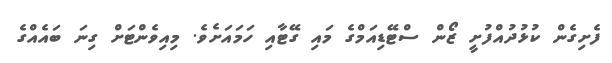
ފެށިގެން ކުޅުދުއްފުށީ ޒޯން ސްޓޭޑިއަމްގެ މައި ގޭޓާއި ހަމައަށެވެ. މިއިވެންޓަށް ގިނަ ބައެއްގެ